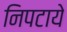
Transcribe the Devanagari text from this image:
निपटाये